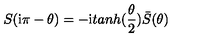
S ( \mathrm { i } \pi - \theta ) = - \mathrm { i } t a n h ( \frac { \theta } { 2 } ) \bar { S } ( \theta )